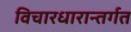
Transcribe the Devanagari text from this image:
विचारधारान्तर्गत